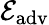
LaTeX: {\cal E}_{\mathrm{adv}}